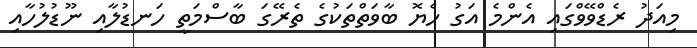
މިއަދު ރެޑްވޭވްގައި އެންމެ އަގު ހެޔޮ ބާވަތްތަކުގެ ތެރޭގަ ބާސްމަތީ ހަނޑުލާއި ނޫޑުލުހާއި